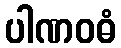
ပါဏဝဓံ